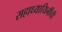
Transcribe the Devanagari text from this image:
सहाध्यायिनींची